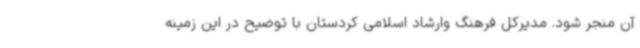
آن منجر شود. مدیرکل فرهنگ وارشاد اسلامی کردستان با توضیح در این زمینه